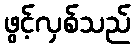
ဖွင့်လှစ်သည်